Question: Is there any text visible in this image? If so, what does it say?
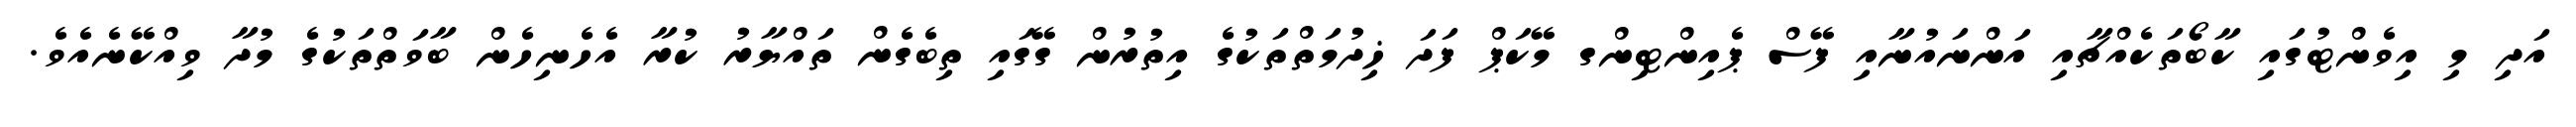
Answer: އަދި މި އިވެންޓުގައި ކާބޯތަކެއްޗާއި އަންނައުނާއި ފޭސް ޕެއިންޓިންގ މޭކަޕް ފަދަ ޚިދުމަތްތަކުގެ އިތުރުން ގޭގައި ތިބެގެން ތައްޔާރު ކުރާ އެހެނިހެން ބާވަތްތަކުގެ މުދާ ވިއްކޭނެއެވެ.